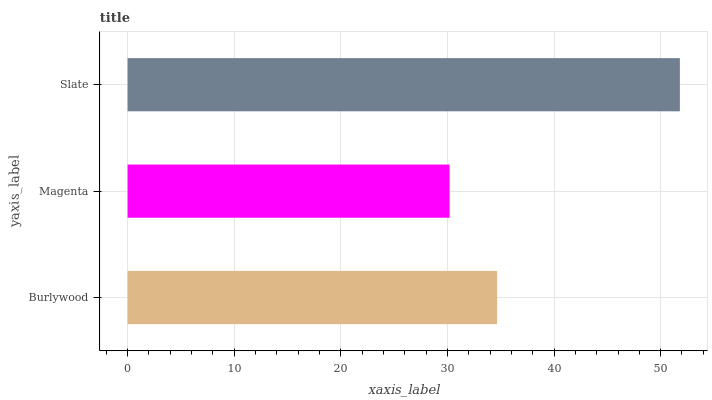
| yaxis_label | bars |
 | --- | --- |
 | Burlywood | 34.7 |
 | Magenta | 30.2 |
 | Slate | 51.8 |